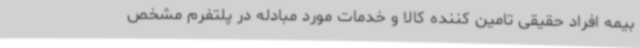
بیمه افراد حقیقی تامین کننده کالا و خدمات مورد مبادله در پلتفرم مشخص